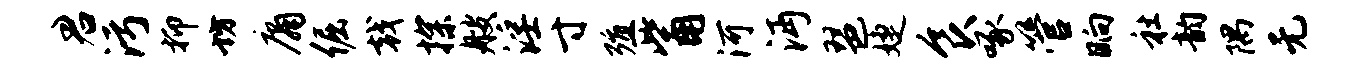
君污抑坊庸倔戟探艘淫寸殖觜河沔琶婕食啄管晌社韵隅无